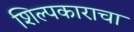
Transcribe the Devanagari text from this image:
शिल्पकाराचा